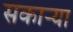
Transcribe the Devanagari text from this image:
सकाऱ्या